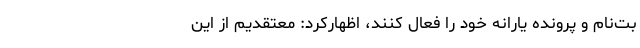
بت‌نام و پرونده یارانه خود را فعال کنند، اظهارکرد: معتقدیم از این